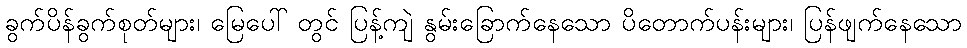
ခွက်ပိန်ခွက်စုတ်များ၊ မြေပေါ် တွင် ပြန့်ကျဲ နွမ်းခြောက်နေသော ပိတောက်ပန်းများ၊ ပြန်ဖျက်နေသော